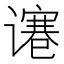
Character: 𰶋